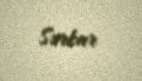
Sərkar